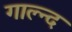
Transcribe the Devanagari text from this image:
गाल्न्द